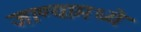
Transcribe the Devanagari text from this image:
जाण्यामध्ये